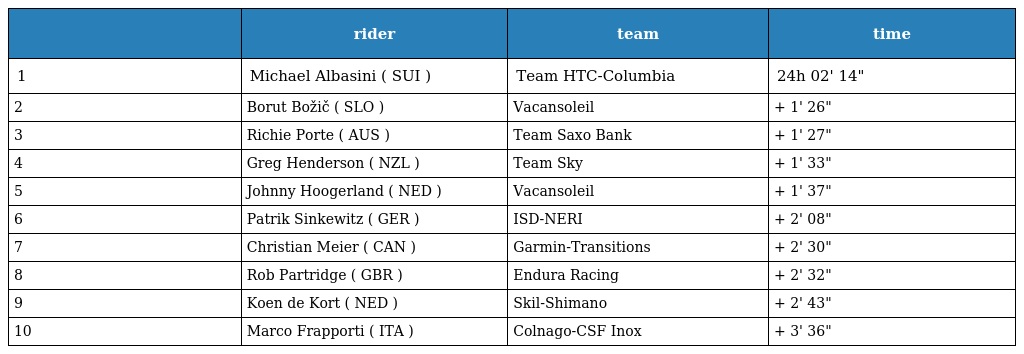
|  | rider | team | time |
 | --- | --- | --- | --- |
 | 1 | Michael Albasini ( SUI ) | Team HTC-Columbia | 24h 02' 14" |
 | 2 | Borut Božič ( SLO ) | Vacansoleil | + 1' 26" |
 | 3 | Richie Porte ( AUS ) | Team Saxo Bank | + 1' 27" |
 | 4 | Greg Henderson ( NZL ) | Team Sky | + 1' 33" |
 | 5 | Johnny Hoogerland ( NED ) | Vacansoleil | + 1' 37" |
 | 6 | Patrik Sinkewitz ( GER ) | ISD-NERI | + 2' 08" |
 | 7 | Christian Meier ( CAN ) | Garmin-Transitions | + 2' 30" |
 | 8 | Rob Partridge ( GBR ) | Endura Racing | + 2' 32" |
 | 9 | Koen de Kort ( NED ) | Skil-Shimano | + 2' 43" |
 | 10 | Marco Frapporti ( ITA ) | Colnago-CSF Inox | + 3' 36" |